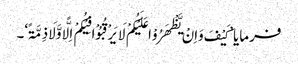
فرمایا ’کَیْفَ وَاِنْ یَّظْھَرُوْا عَلَیْکُمْ لَا یَرْقُبُوْا فِیْکُمْ اِلًّا وَّلَا ذِمَّۃً‘۔